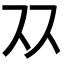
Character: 𬽡